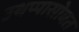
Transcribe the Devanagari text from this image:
उथप्पासोबत